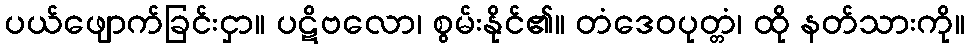
ပယ်ဖျောက်ခြင်းငှာ။ ပဋိဗလော၊ စွမ်းနိုင်၏။ တံဒေဝပုတ္တံ၊ ထို နတ်သားကို။